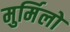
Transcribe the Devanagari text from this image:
मुर्मिलो